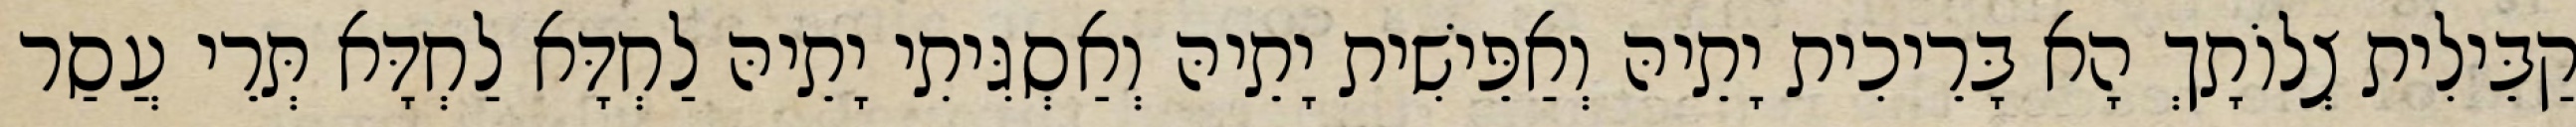
קַבֵּילִית צְלוֹתָךְ הָא בָּרֵיכִית יָתֵיהּ וְאַפֵּישִׁית יָתֵיהּ וְאַסְגִּיתִי יָתֵיהּ לַחְדָּא לַחְדָּא תְּרֵי עֲסַר